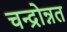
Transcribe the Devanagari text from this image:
चन्द्रोन्नत